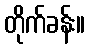
တိုက်ခန်း။